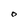
Character: O